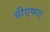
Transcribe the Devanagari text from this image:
डीएफए